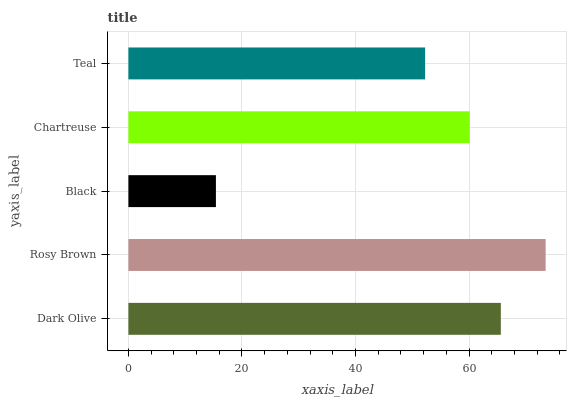
| yaxis_label | bars |
 | --- | --- |
 | Dark Olive | 65.6 |
 | Rosy Brown | 73.5 |
 | Black | 15.4 |
 | Chartreuse | 60.1 |
 | Teal | 52.3 |